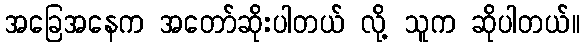
အခြေအနေက အတော်ဆိုးပါတယ် လို့ သူက ဆိုပါတယ်။